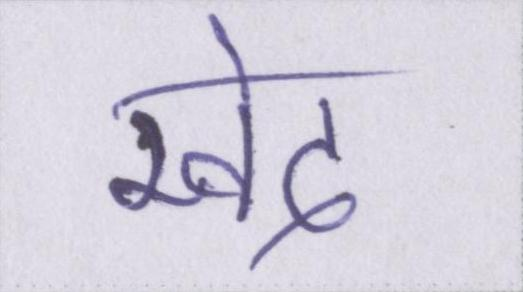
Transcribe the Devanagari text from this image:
खेद